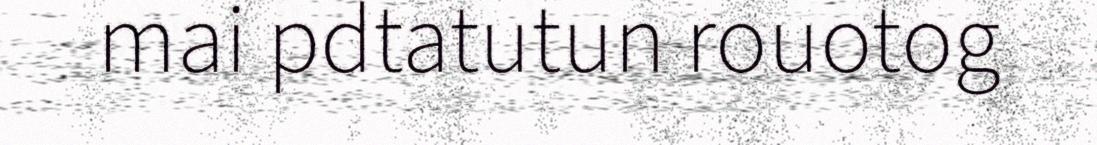
mai pdtatutun rouotog